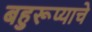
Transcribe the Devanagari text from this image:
बहुरूप्याचे